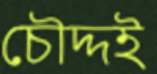
চৌদ্দই